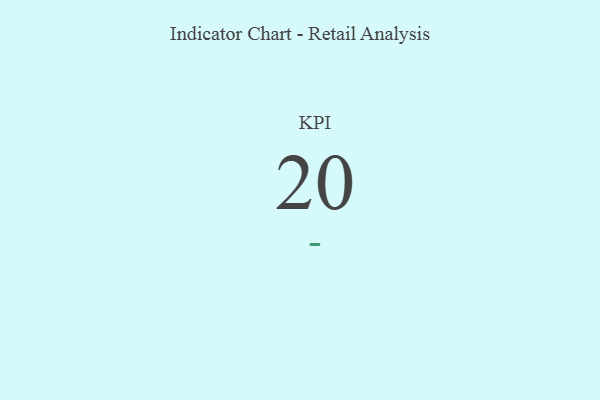
{"axis": {"x": "KPI", "y": "Value"}, "legend": [""], "data": [{"x": "KPI", "y": 20, "type": ""}]}